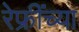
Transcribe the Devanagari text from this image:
रेफ्रींच्या